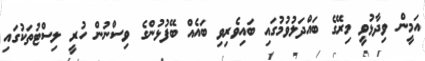
އަމީން ވިދާޅުވީ މިރޭގެ ބައްދަލުވުމުގައި ބައިވެރިވި ބައެއް ބޭފުޅުންގެ ވިސްނުން ހުރީ ލިސްޓުތަކުގައި